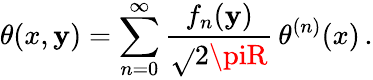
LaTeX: \theta(x,\mathbf{y})=\sum_{n=0}^{\infty}\frac{{f_{n}(\mathbf{y})}}{{\sqrt{}{{2\piR}}}}\, \theta^{(n)}(x)\, .